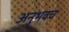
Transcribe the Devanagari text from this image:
अनुभवच